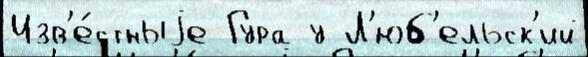
Изв'е́стныjе Гура у Л'юб'ельск'ий